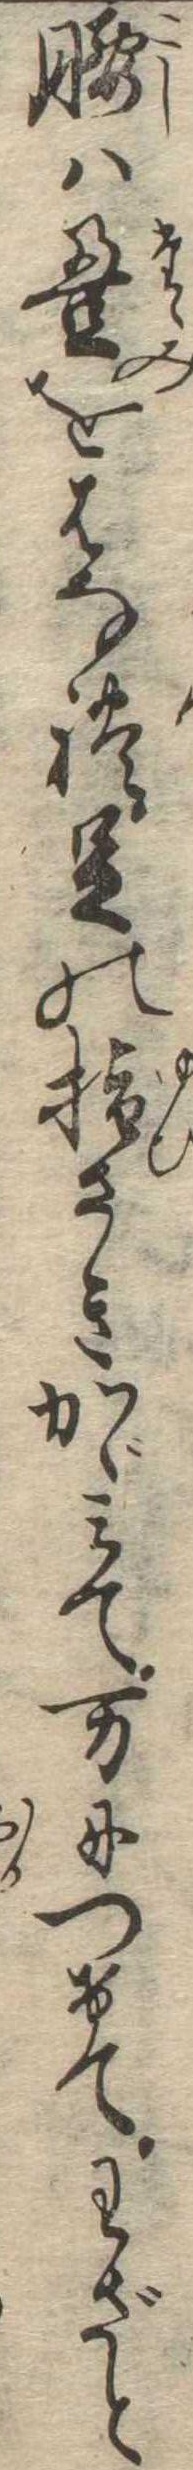
腰は畳をはなれ足の指さきかゞみて万につけてわざと